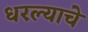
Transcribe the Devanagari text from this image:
धरल्याचे